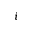
i